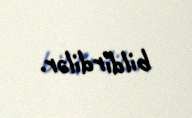
bildirdilər.